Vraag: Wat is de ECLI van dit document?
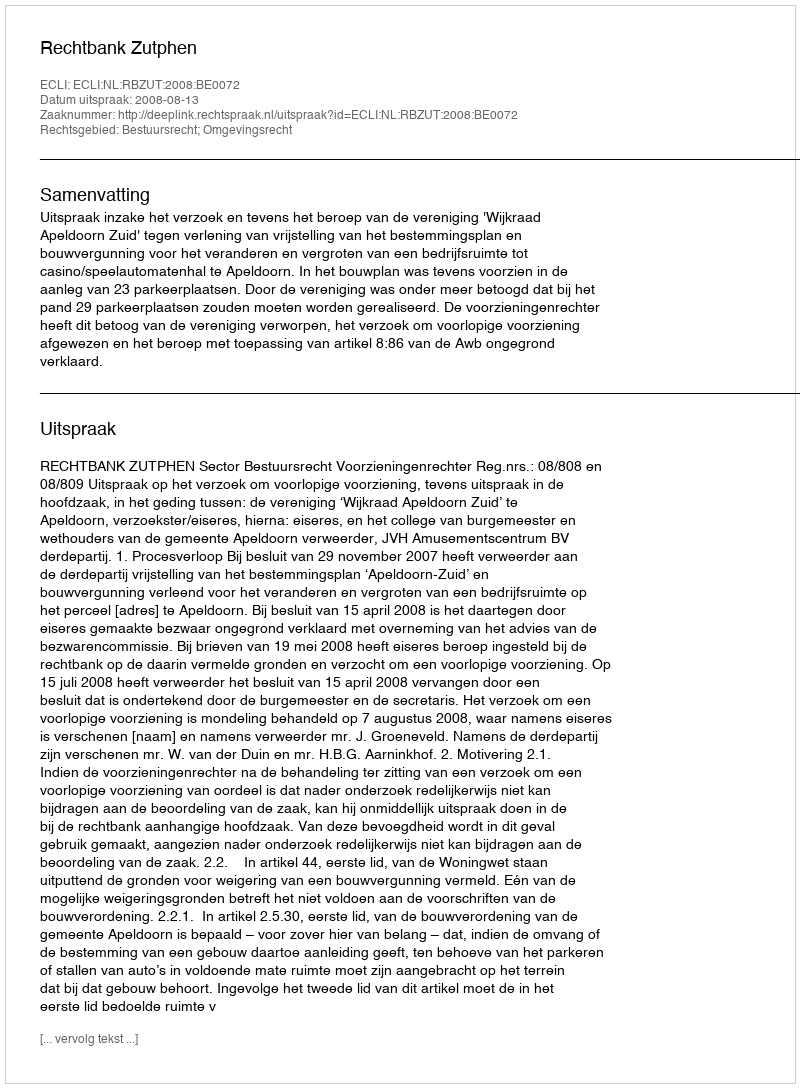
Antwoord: ECLI:NL:RBZUT:2008:BE0072